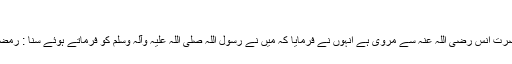
??
اور طبرانی کی ایک روایت میں حضرت انس رضی اللہ عنہ سے مروی ہے انہوں نے فرمایا کہ میں نے رسول اللہ صلی اللہ علیہ وآلہ وسلم کو فرماتے ہوئے سنا : رمضان المبارک کا مقدس مہینہ آگیا ہے۔